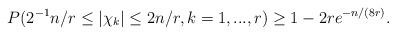
LaTeX: \begin{align*}P( 2^{-1}n/r \leq |\chi_k| \leq 2n/r, k=1,...,r )\geq 1- 2r e^{-n/(8r)}.\end{align*}